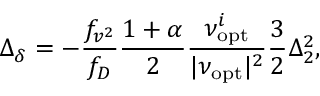
\Delta _ { \delta } = - \frac { f _ { v ^ { 2 } } } { f _ { D } } \frac { 1 + \alpha } { 2 } \frac { \nu _ { \mathrm { o p t } } ^ { i } } { | \nu _ { \mathrm { o p t } } | ^ { 2 } } \frac { 3 } { 2 } \Delta _ { 2 } ^ { 2 } ,